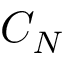
C _ { N }